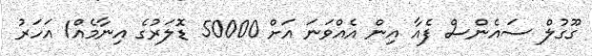
ގޫގުލް ސައެންސް ފެއާ އިން އެއްވަނަ އަަށް 50000 ޑޮލަރުގެ އިނާމެއް1 އަހަރު